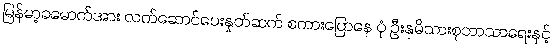
မြန်မာ့ခမောက်အား လက်ဆောင်ပေးနှုတ်ဆက် စကားပြောနေ ပုံ ဦးနုမိသားစုဘာသာရေးနှင့်